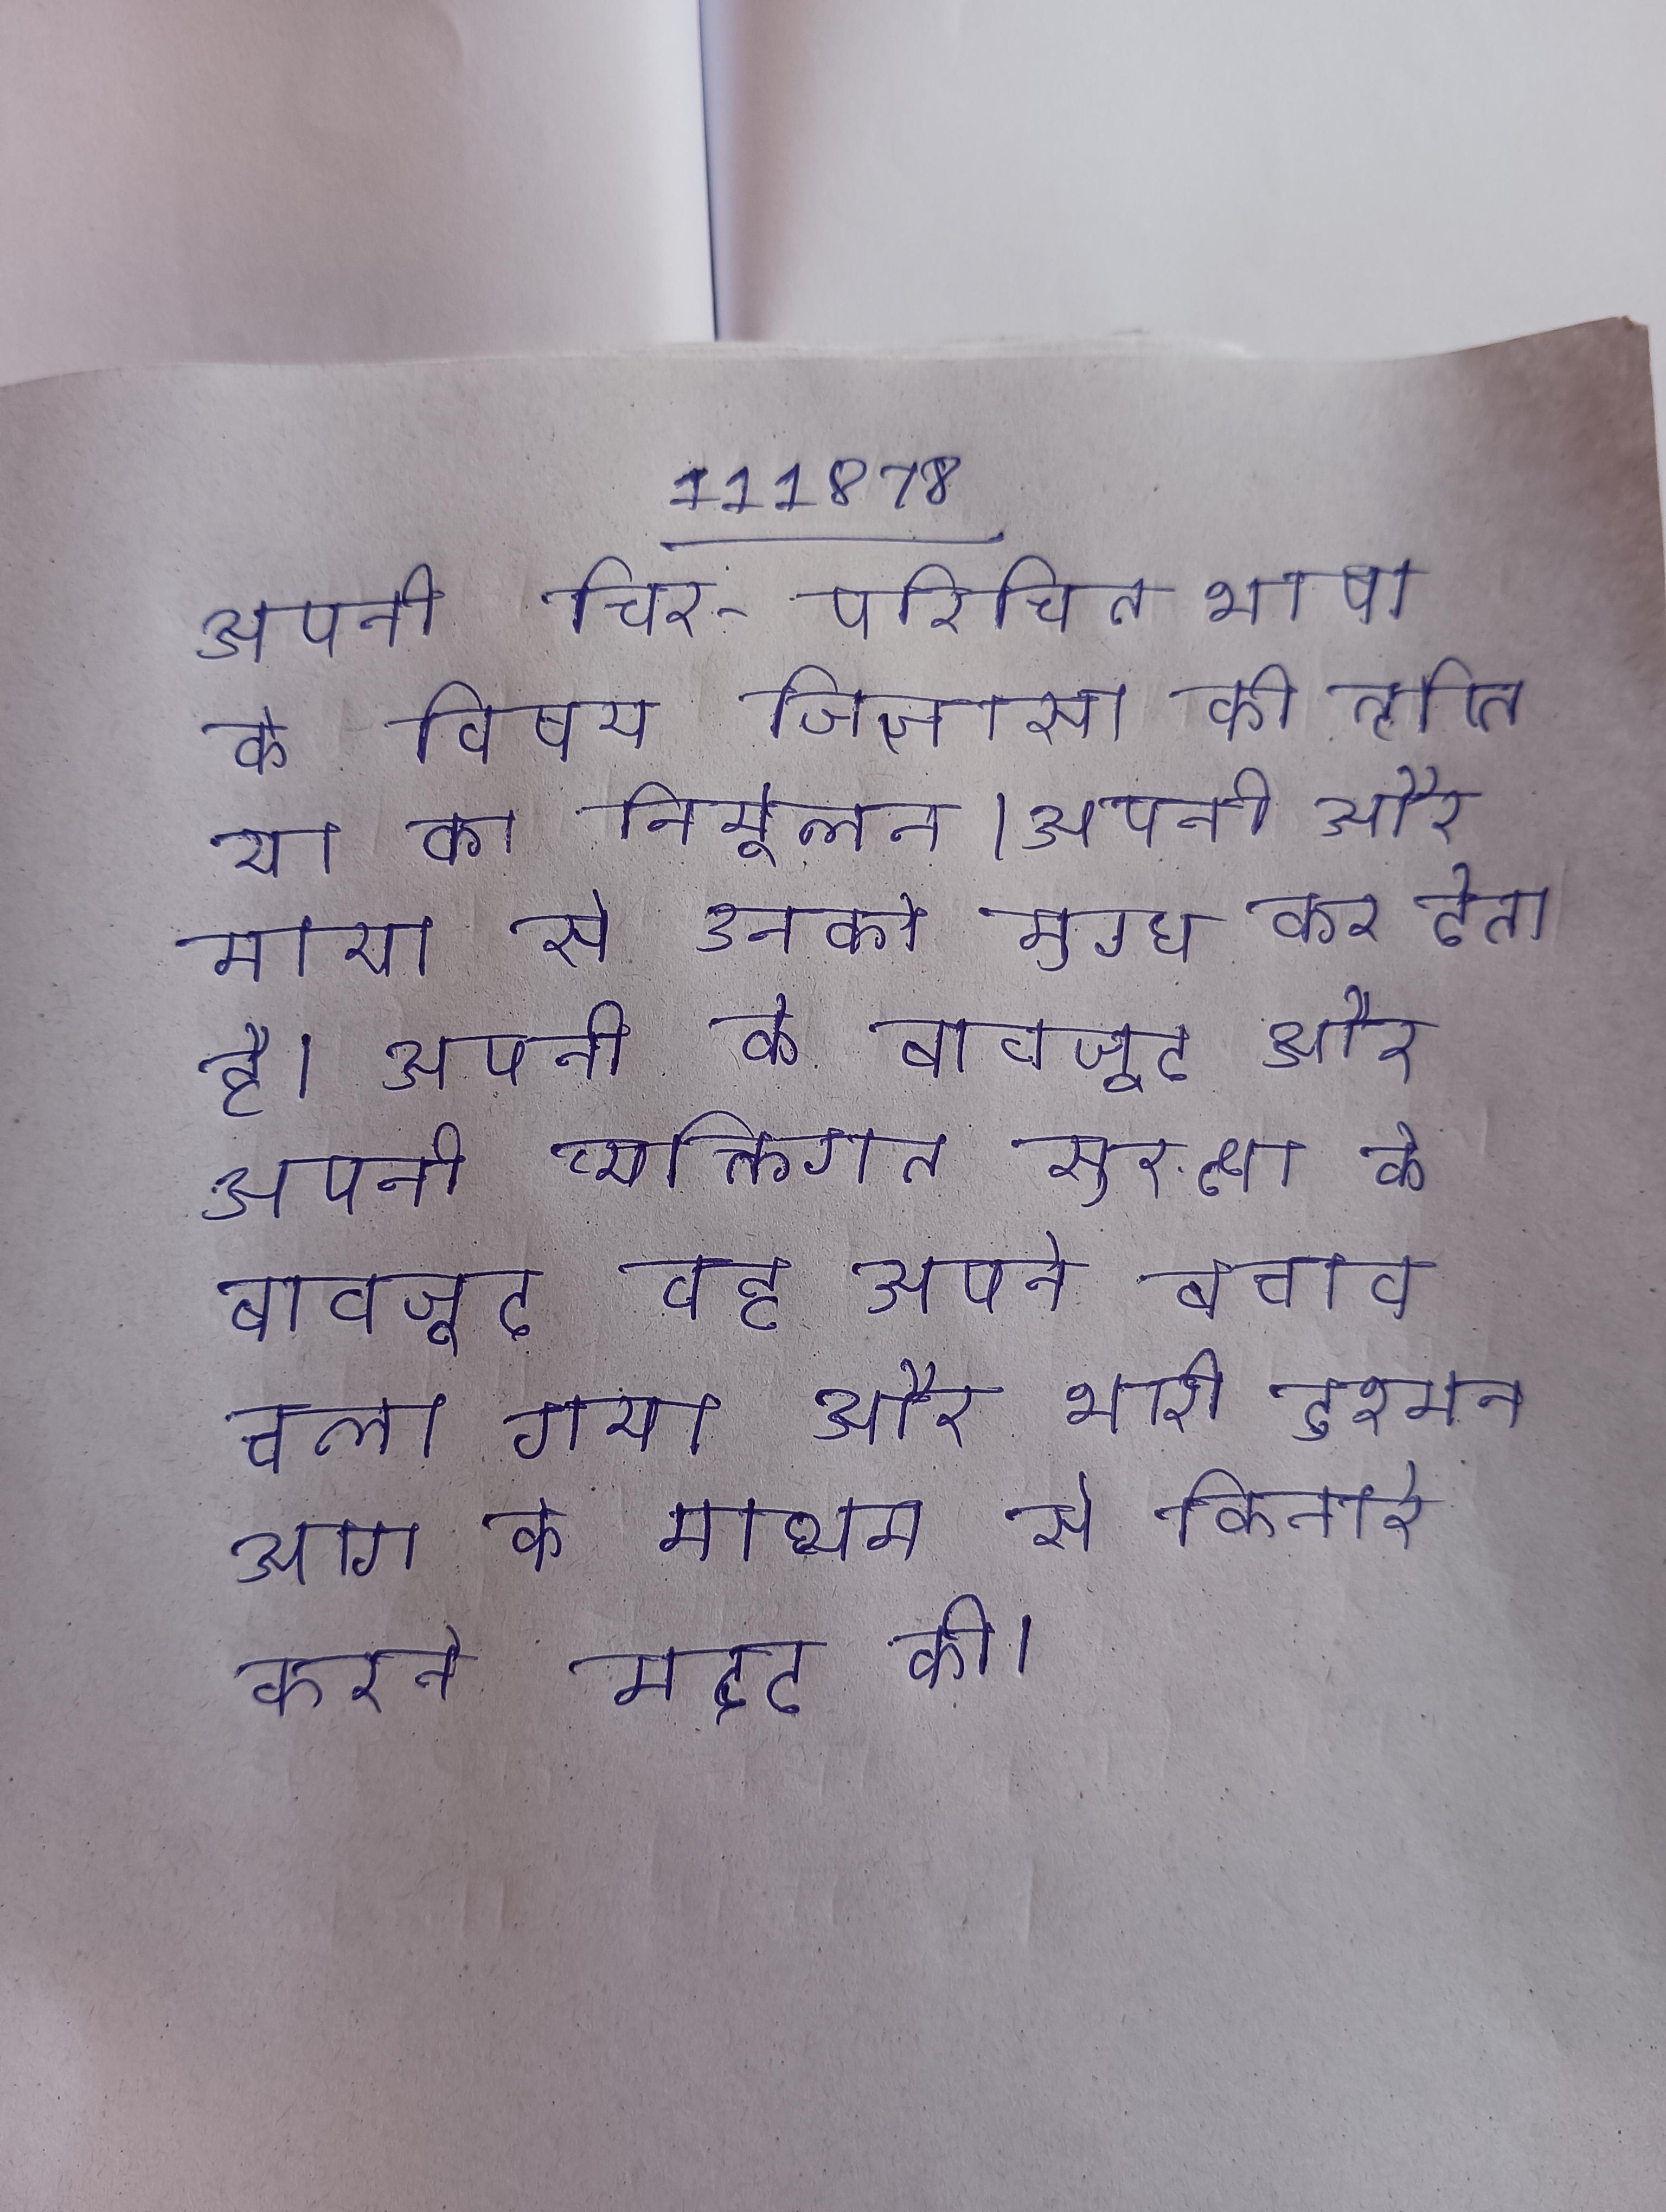
अपनी चिर-परिचित भाषा के विषय जिज्ञासा की तृप्ति या का निर्मूलन । अपनी और माया से उनको मुग्ध कर देता है । अपनी के बावजूद और अपनी व्यक्तिगत सुरक्षा के बावजूद वह अपने बचाव चला गया और भारी दुश्मन आग के माध्यम से किनारे करने मदद की ।